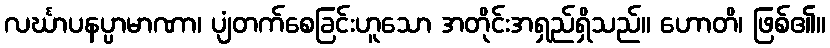
လင်္ဃာပနပ္ပာမာဏာ၊ ပျံတက်စေခြင်းဟူသော အတိုင်းအရှည်ရှိသည်။ ဟောတိ၊ ဖြစ်၏။